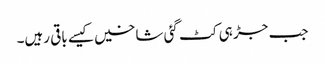
جب جڑ ہی کٹ گئی شاخیں کیسے باقی رہیں۔